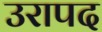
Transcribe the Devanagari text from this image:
उरापद